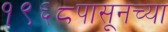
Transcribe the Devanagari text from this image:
१९६८पासूनच्या